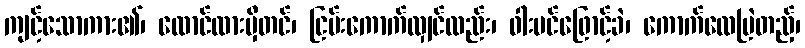
ကျင့်သောကား၏၊ ထောင်ထားမှီတင်၊ ငြမ်းကောက်လျှင်လည်း၊ ဝါးပင်ဖြောင့်ခဲ၊ ကောက်လေမြဲတည့်၊